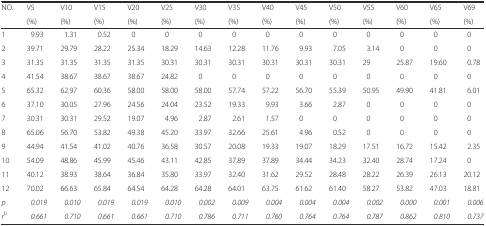
<table><thead><tr><td><b>NO.</b></td><td><b>V5</b></td><td><b>V10</b></td><td><b>V15</b></td><td><b>V20</b></td><td><b>V25</b></td><td><b>V30</b></td><td><b>V35</b></td><td><b>V40</b></td><td><b>V45</b></td><td><b>V50</b></td><td><b>V55</b></td><td><b>V60</b></td><td><b>V65</b></td><td><b>V69</b></td></tr><tr><td></td><td><b>(%)</b></td><td><b>(%)</b></td><td><b>(%)</b></td><td><b>(%)</b></td><td><b>(%)</b></td><td><b>(%)</b></td><td><b>(%)</b></td><td><b>(%)</b></td><td><b>(%)</b></td><td><b>(%)</b></td><td><b>(%)</b></td><td><b>(%)</b></td><td><b>(%)</b></td><td><b>(%)</b></td></tr></thead><tbody><tr><td>1</td><td>9.93</td><td>1.31</td><td>0.52</td><td>0</td><td>0</td><td>0</td><td>0</td><td>0</td><td>0</td><td>0</td><td>0</td><td>0</td><td>0</td><td>0</td></tr><tr><td>2</td><td>39.71</td><td>29.79</td><td>28.22</td><td>25.34</td><td>18.29</td><td>14.63</td><td>12.28</td><td>11.76</td><td>9.93</td><td>7.05</td><td>3.14</td><td>0</td><td>0</td><td>0</td></tr><tr><td>3</td><td>31.35</td><td>31.35</td><td>31.35</td><td>31.35</td><td>30.31</td><td>30.31</td><td>30.31</td><td>30.31</td><td>30.31</td><td>30.31</td><td>29</td><td>25.87</td><td>19.60</td><td>0.78</td></tr><tr><td>4</td><td>41.54</td><td>38.67</td><td>38.67</td><td>38.67</td><td>24.82</td><td>0</td><td>0</td><td>0</td><td>0</td><td>0</td><td>0</td><td>0</td><td>0</td><td>0</td></tr><tr><td>5</td><td>65.32</td><td>62.97</td><td>60.36</td><td>58.00</td><td>58.00</td><td>58.00</td><td>57.74</td><td>57.22</td><td>56.70</td><td>55.39</td><td>50.95</td><td>49.90</td><td>41.81</td><td>6.01</td></tr><tr><td>6</td><td>37.10</td><td>30.05</td><td>27.96</td><td>24.56</td><td>24.04</td><td>23.52</td><td>19.33</td><td>9.93</td><td>3.66</td><td>2.87</td><td>0</td><td>0</td><td>0</td><td>0</td></tr><tr><td>7</td><td>30.31</td><td>30.31</td><td>29.52</td><td>19.07</td><td>4.96</td><td>2.87</td><td>2.61</td><td>1.57</td><td>0</td><td>0</td><td>0</td><td>0</td><td>0</td><td>0</td></tr><tr><td>8</td><td>65.06</td><td>56.70</td><td>53.82</td><td>49.38</td><td>45.20</td><td>33.97</td><td>32.66</td><td>25.61</td><td>4.96</td><td>0.52</td><td>0</td><td>0</td><td>0</td><td>0</td></tr><tr><td>9</td><td>44.94</td><td>41.54</td><td>41.02</td><td>40.76</td><td>36.58</td><td>30.57</td><td>20.08</td><td>19.33</td><td>19.07</td><td>18.29</td><td>17.51</td><td>16.72</td><td>15.42</td><td>2.35</td></tr><tr><td>10</td><td>54.09</td><td>48.86</td><td>45.99</td><td>45.46</td><td>43.11</td><td>42.85</td><td>37.89</td><td>37.89</td><td>34.44</td><td>34.23</td><td>32.40</td><td>28.74</td><td>17.24</td><td>0</td></tr><tr><td>11</td><td>40.12</td><td>38.93</td><td>38.64</td><td>36.84</td><td>35.80</td><td>33.97</td><td>32.40</td><td>31.62</td><td>29.52</td><td>28.48</td><td>28.22</td><td>26.39</td><td>26.13</td><td>20.12</td></tr><tr><td>12</td><td>70.02</td><td>66.63</td><td>65.84</td><td>64.54</td><td>64.28</td><td>64.28</td><td>64.01</td><td>63.75</td><td>61.62</td><td>61.40</td><td>58.27</td><td>53.82</td><td>47.03</td><td>18.81</td></tr><tr><td><i>p</i></td><td><i>0.019</i></td><td><i>0.010</i></td><td><i>0.019</i></td><td><i>0.019</i></td><td><i>0.010</i></td><td><i>0.002</i></td><td><i>0.009</i></td><td><i>0.004</i></td><td><i>0.004</i></td><td><i>0.004</i></td><td><i>0.002</i></td><td><i>0.000</i></td><td><i>0.001</i></td><td><i>0.006</i></td></tr><tr><td><i>r</i><sup><i>b</i></sup></td><td><i>0.661</i></td><td><i>0.710</i></td><td><i>0.661</i></td><td><i>0.661</i></td><td><i>0.710</i></td><td><i>0.786</i></td><td><i>0.711</i></td><td><i>0.760</i></td><td><i>0.764</i></td><td><i>0.764</i></td><td><i>0.787</i></td><td><i>0.862</i></td><td><i>0.810</i></td><td><i>0.737</i></td></tr></tbody></table>